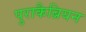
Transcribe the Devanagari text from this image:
पुराकैब्रियन